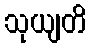
သုယျတိ